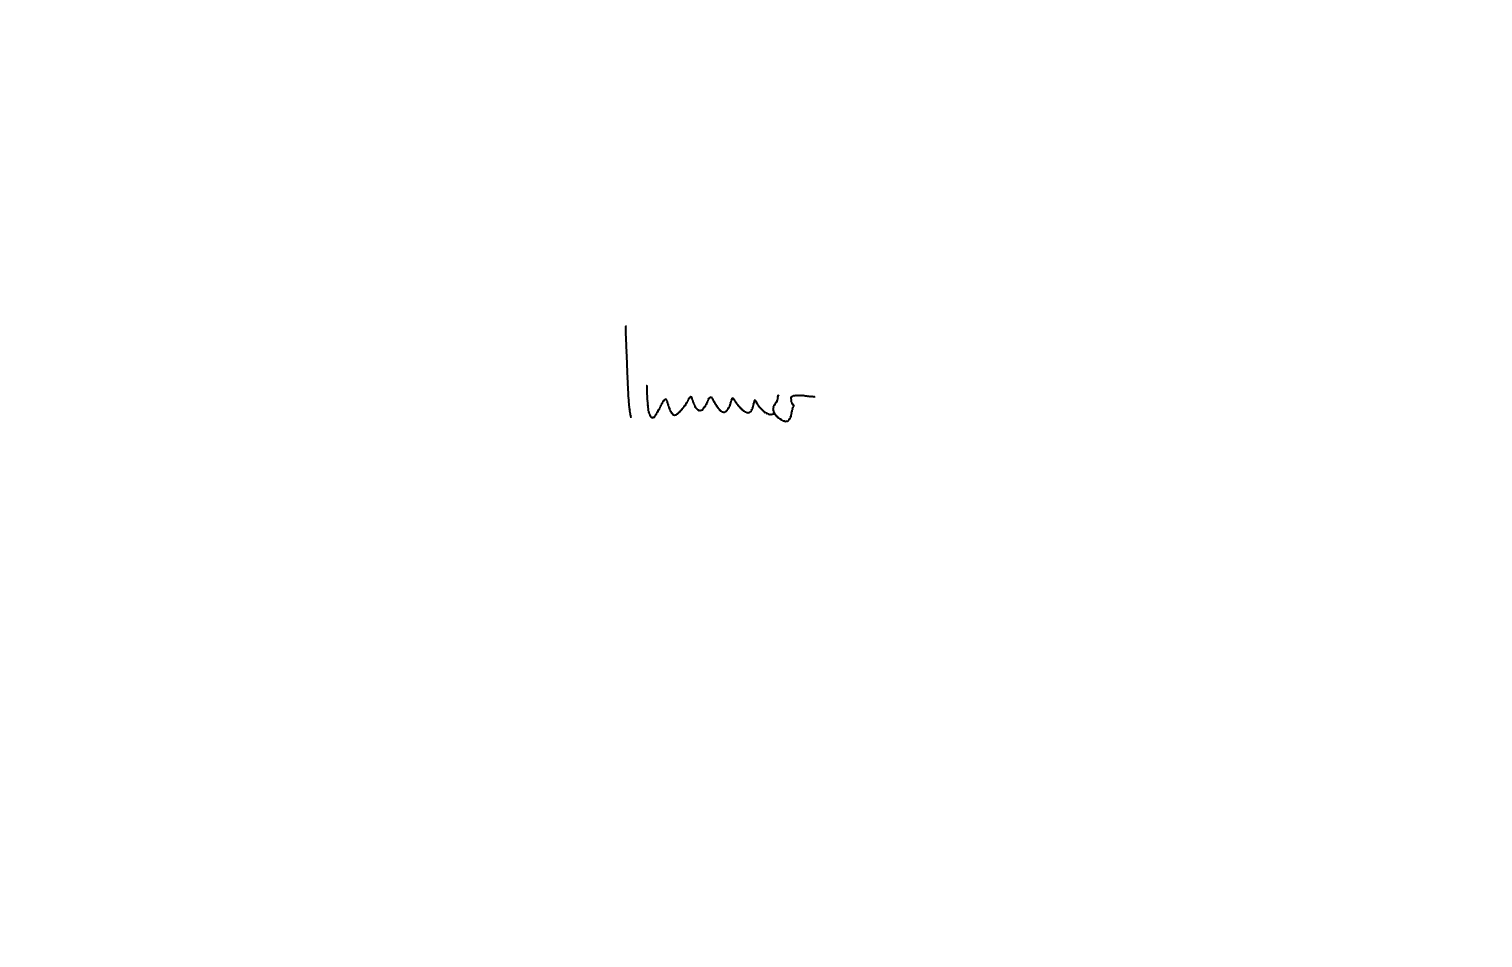
Text: Immer